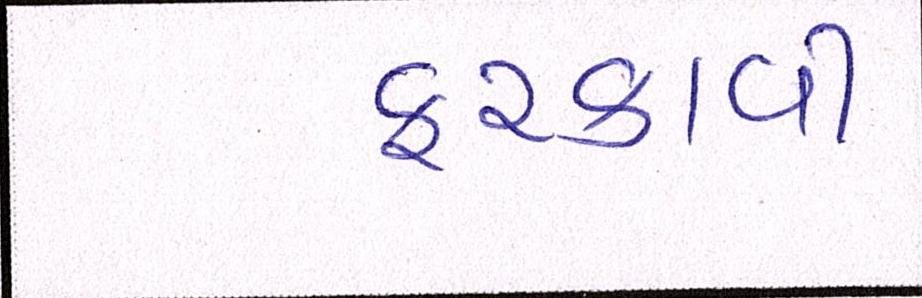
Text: ફરકાવી